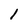
Character: I